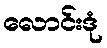
လောင်းဒုံ